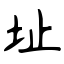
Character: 址